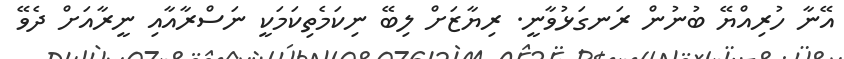
އޭނާ ހުރިއްޔޭ ބުނުން ރަނގަޅުވާނީ. ރިޔާޒަށް ލިބޭ ނިކަމެތިކަމަކީ ނަސްރާއާއި ނީރާއަށް ދެވޭ